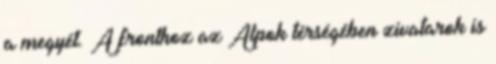
a megyét. A fronthoz az Alpok térségében zivatarok is